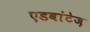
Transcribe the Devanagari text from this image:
एडवांटेज़